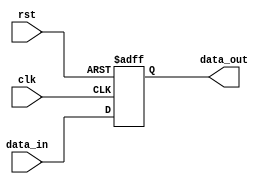
module reset_condition_example (
    input wire clk,          // Clock signal
    input wire rst,          // Active-high reset signal
    input wire [7:0] data_in, // Example input data
    output reg [7:0] data_out // Example output data
);

// Internal state variable
reg [7:0] counter;          // Example counter

// Asynchronous reset behavior
always @(posedge clk or posedge rst) begin
    if (rst) begin
        // Reset condition: Initialize state variables
        counter <= 8'b0;      // Set counter to zero
        data_out <= 8'b0;     // Set output to initial value
    end else begin
        // Normal operation: Increment counter and process data
        counter <= counter + 1; // Increment counter on each clock cycle
        data_out <= data_in;    // Pass input data to output
    end
end

endmodule